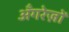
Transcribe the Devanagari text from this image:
अँगरेज़ों